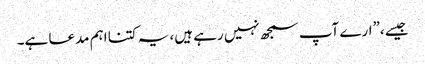
جیسے،”ارے آپ سمجھ نہیں رہے ہیں، یہ کتنا اہم مدعا ہے۔